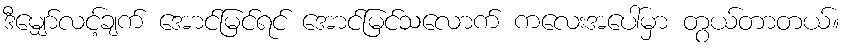
ဒီမျှော်လင့်ချက် အောင်မြင်ရင် အောင်မြင်သလောက် ကလေးအပေါ်မှာ တွယ်တာတယ်။